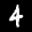
Label: 4